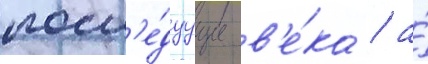
посл'е́дуущие в'е́ка / а́